Indian journal of veterinary science and animal husbandry - Volumes 22-23, 1952-1953
Year: 1952
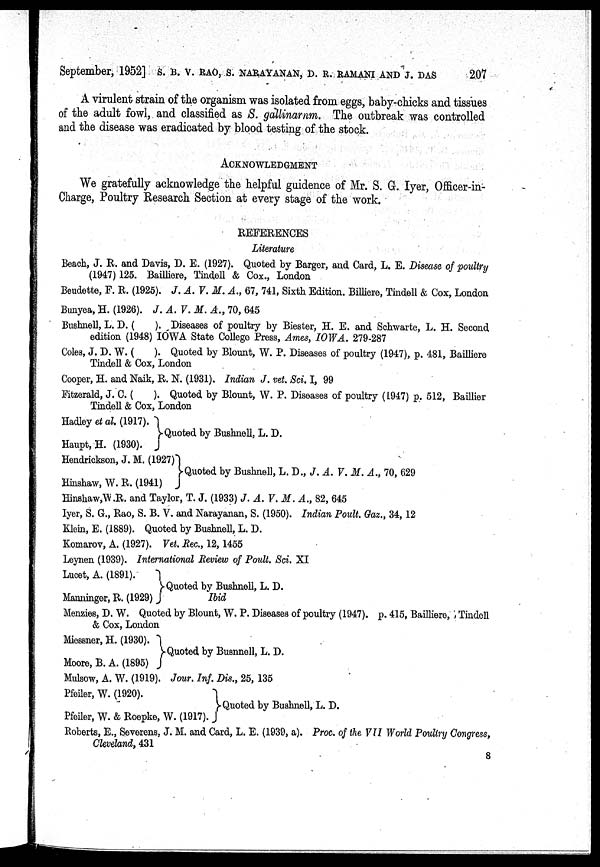
September, 1952] S. B. V. RAO, S. NARAYANAN, D. R. RAMANI AND J. DAS
207
A virulent strain of the organism was isolated from eggs, baby-chicks and tissues
of the adult fowl, and classified as S. gallinarnm. The outbreak was controlled
and the disease was eradicated by blood testing of the stock.
ACKNOWLEDGEMENT
We gratefully acknowledge the helpful guidence of Mr. S. G. Iyer, Officer-in-
Charge, Poultry Research Section at every stage of the work.
REFERENCES
Literature
Beach, J. R. and Davis, D. E. (1927). Quoted by Barger, and Card, L. E. Disease of poultry
(1947) 125. Bailliere, Tindell & Cox., London
Beudette, F. R. (1925). J. A. V. M. A., 67, 741, Sixth Edition. Billiere, Tindell & Cox, London
Bunyea, H. (1926). J. A. V. M. A., 70, 645
Bushnell, L. D. (
). Diseases of poultry by Biester, H. E. and Schwarte, L. H. Second
edition (1948) IOWA State College Press, Ames, IOWA. 279-287
Coles, J. D. W. (
). Quoted by Blount, W. P. Diseases of poultry (1947), p. 481, Bailliere
Tindell & Cox, London
Cooper, H. and Naik, R. N. (1931). Indian J. vet. Sci. I, 99
Fitzerald, J. C. (
). Quoted by Blount, W. P. Diseases of poultry (1947) p. 512, Baillier
Tindell & Cox, London
Hadley et al. (1917).
Haupt, H. (1930).
Quoted by Bushnell, L. D.
Hendrickson, J. M. (1927)
Hinshaw, W. R. (1941)
Quoted by Bushnell, L. D., J. A. V. M. A., 70, 629
Hinshaw, W.R. and Taylor, T. J. (1933) J. A. V. M. A., 82, 645
Iyer, S. G., Rao, S. B. V. and Narayanan, S. (1950). Indian Poult. Gaz., 34, 12
Klein, E. (1889). Quoted by Bushnell, L. D.
Komarov, A. (1927). Vet. Rec., 12, 1455
Leynen (1939). International Review of Poult. Sci. XI
Lucet, A. (1891).
Manninger, R. (1929)
Quoted by Bushnell, L. D.Ibid
Menzies, D. W. Quoted by Blount, W. P. Diseases of poultry (1947). p. 415, Bailliero, Tindell
& Cox, London
Miessner, H. (1930).
Moore, B. A. (1895)
Quoted by Busnnell, L. D.
Mulsow, A. W. (1919). Jour. Inf. Dis., 25, 135
Pfeiler, W. (1920).
Pfeiler, W. & Roepke, W. (1917).
Quoted by Bushnell, L. D.
Roberts, E., Severens. J. M. and Card, L. E. (1939, a). Proc. of the VII World Poultry Congress,
Cleveland, 431
8